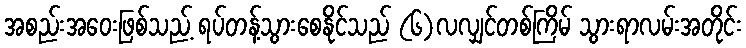
အစည်းအဝေးဖြစ်သည့် ရပ်တန့်သွားစေနိုင်သည် (၆)လလျှင်တစ်ကြိမ် သွားရာလမ်းအတိုင်း